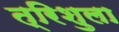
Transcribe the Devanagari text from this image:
त्रिशुला